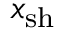
x _ { \mathrm { s h } }